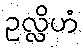
ဥလ္လိဟံ